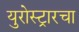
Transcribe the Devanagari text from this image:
युरोस्ट्रारचा